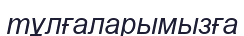
тұлғаларымызға